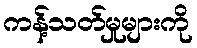
ကန့်သတ်မှုများကို